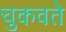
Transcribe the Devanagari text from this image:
चुकवते